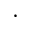
\cdot